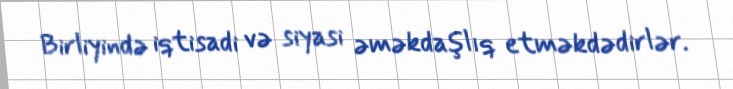
Birliyində iqtisadi və siyasi əməkdaşlıq etməkdədirlər.